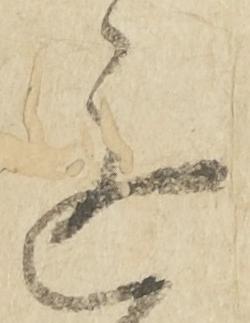
進